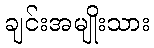
ချင်းအမျိုးသား